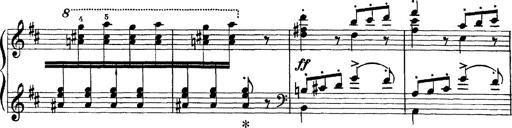
Title: Scherzo und Marsch
Composer: Franz Liszt